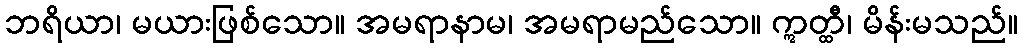
ဘရိယာ၊ မယားဖြစ်သော။ အမရာနာမ၊ အမရာမည်သော။ ဣတ္ထီ၊ မိန်းမသည်။